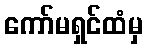
ကော်မရှင်ထံမှ